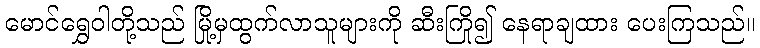
မောင်ရွှေဝါတို့သည် မြို့မှထွက်လာသူများကို ဆီးကြို၍ နေရာချထား ပေးကြသည်။